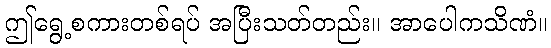
ဤရွေ့စကားတစ်ရပ် အပြီးသတ်တည်း။ အာပေါကသိဏံ။